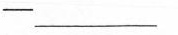
- ___